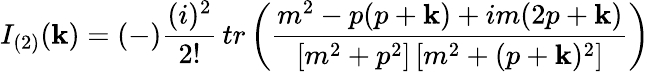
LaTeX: I_{(2)}(\mathbf{k})=(-)\frac{{(i)^{2}}}{{2!}}\, tr\left({\frac{{m^{2}-p(p+\mathbf{k})+im(2p+\mathbf{k})}}{{[m^{2}+p^{2}]\, [m^{2}+(p+\mathbf{k})^{2}]}}}\right)